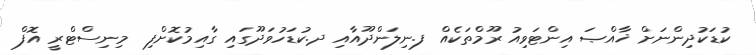
ކުޑަކުދިންނަށް ޚާއްޞަ އިންޓަވިއު ރޫމްތަކެއް ފ.ނިލަންދޫއާއި ދ.ކުޑަހުވަދޫގައި ގާއިމުކޮށްފި  މިނިސްޓްރީ އޮފް